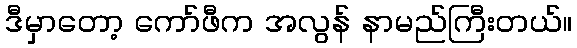
ဒီမှာတော့ ကော်ဖီက အလွန် နာမည်ကြီးတယ်။